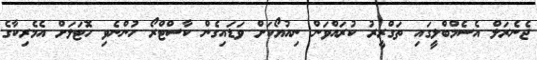
ޖެނެރަލް އެސެމްބްލީގައި ތަގްރީރު ކުރައްވަން ނިއުޔޯކަށް ވަޑައިގެން ކާސްޓްރޯ ހުންނެވި ހޮޓަލަށް އެމެރިކާގެ